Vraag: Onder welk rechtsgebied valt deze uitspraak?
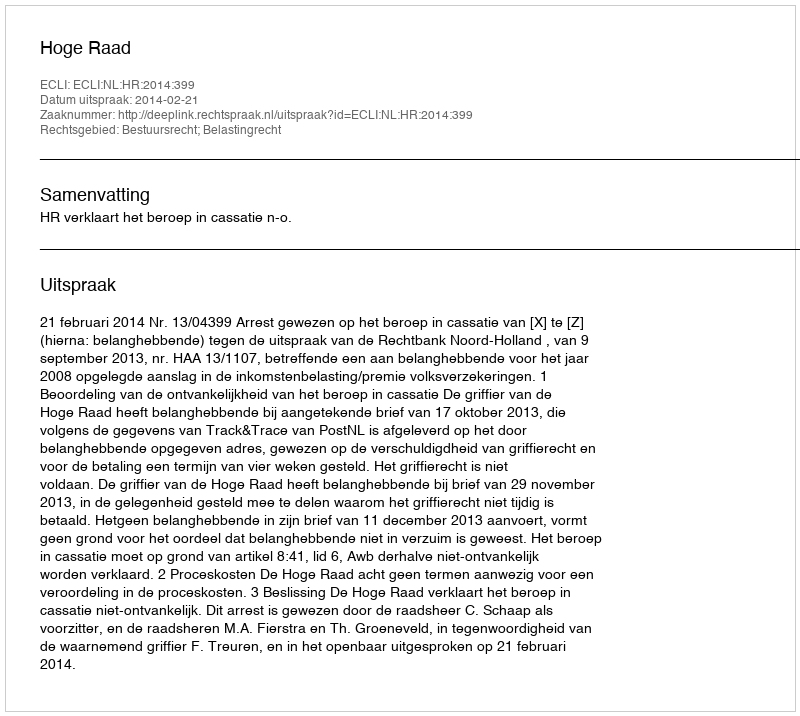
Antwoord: Bestuursrecht; Belastingrecht